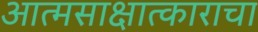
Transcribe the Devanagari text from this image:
आत्मसाक्षात्काराचा